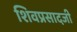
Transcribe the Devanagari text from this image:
शिवप्रसादजी